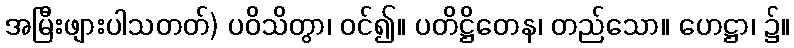
အမြီးဖျားပါသတတ်) ပဝိသိတွာ၊ ဝင်၍။ ပတိဋ္ဌိတေန၊ တည်သော။ ဟေဋ္ဌာ၊ ၌။